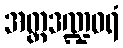
အတ္တဒဏ္ဍဝရံ